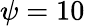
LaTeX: \psi=10